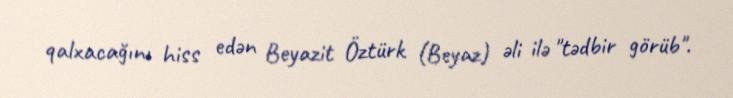
qalxacağını hiss edən Beyazit Öztürk (Beyaz) əli ilə "tədbir görüb".